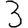
Digit: 3